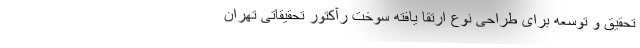
تحقیق و توسعه برای طراحی نوع ارتقا یافته سوخت رآکتور تحقیقاتی تهران